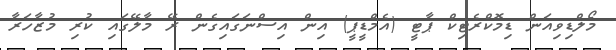
މޯލްޑިވިއަން ޑިމޮކްރެޓިކް ޕާޓީ (އެމްޑީޕީ) އިން އިސްނަގައިގެން ރޭ މާލޭގައި ކުރި މުޒާހަރާ